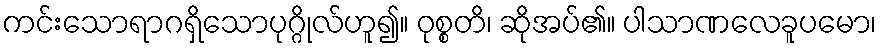
ကင်းသောရာဂရှိသောပုဂ္ဂိုလ်ဟူ၍။ ဝုစ္စတိ၊ ဆိုအပ်၏။ ပါသာဏလေခူပမော၊